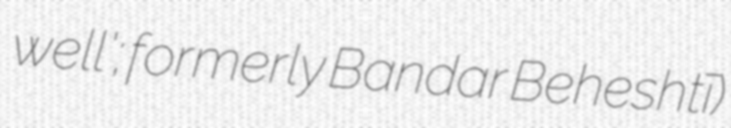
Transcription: well'; formerly Bandar Beheshtī)